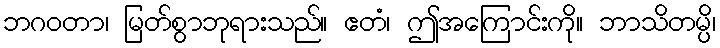
ဘဂဝတာ၊ မြတ်စွာဘုရားသည်။ ဧတံ၊ ဤအကြောင်းကို။ ဘာသိတမ္ပိ၊